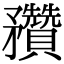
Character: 䂎